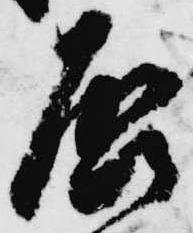
啓